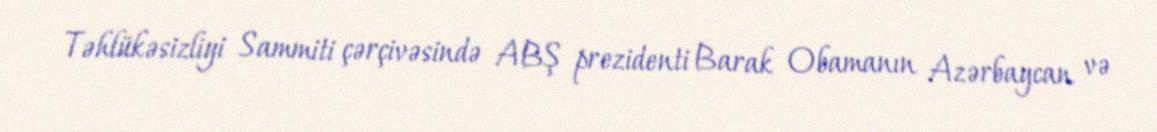
Təhlükəsizliyi Sammiti çərçivəsində ABŞ prezidenti Barak Obamanın Azərbaycan və